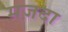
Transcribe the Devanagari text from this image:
मज़दा